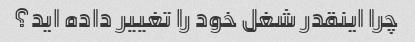
چرا اینقدر شغل خود را تغییر داده اید؟